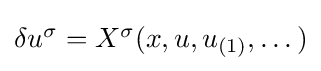
{\textstyle \delta u^{\sigma }=X^{\sigma }(x,u,u_{(1)},\dots )}